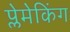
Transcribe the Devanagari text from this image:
प्लेमेकिंग